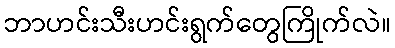
ဘာဟင်းသီးဟင်းရွက်တွေကြိုက်လဲ။